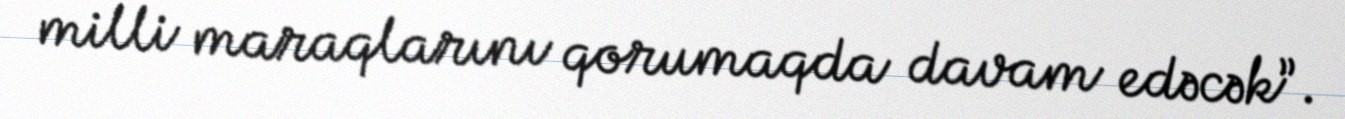
milli maraqlarını qorumaqda davam edəcək”.